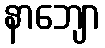
နာဘျော